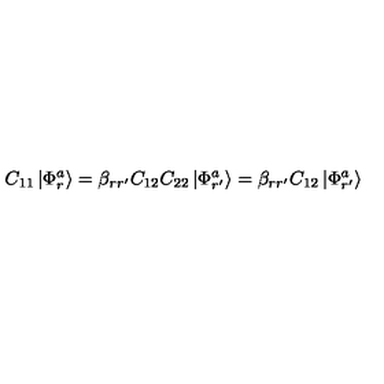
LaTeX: C _ { 1 1 } \left| \Phi _ { r } ^ { a } \right> = \beta _ { r r ^ { \prime } } C _ { 1 2 } C _ { 2 2 } \left| \Phi _ { r ^ { \prime } } ^ { a } \right> = \beta _ { r r ^ { \prime } } C _ { 1 2 } \left| \Phi _ { r ^ { \prime } } ^ { a } \right>